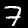
Label: 7